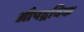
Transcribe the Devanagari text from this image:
औपद्रविक